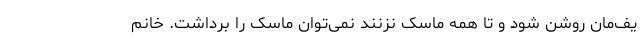
یف‌مان روشن شود و تا همه ماسک نزنند نمی‌توان ماسک را برداشت. خانم